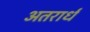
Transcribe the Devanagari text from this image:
अतरार्ध